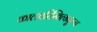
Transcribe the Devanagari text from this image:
कालपरिस्थित्यनुरूप